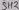
Text: SH2